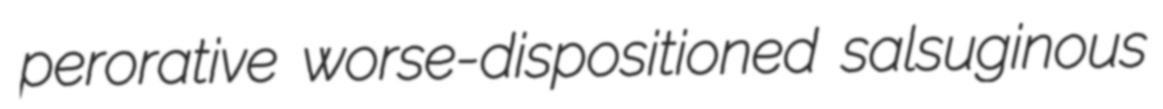
perorative worse-dispositioned salsuginous